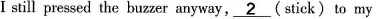
Istill pressed the buzzer anyway, ___2(stick) to my